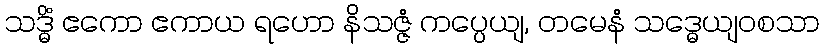
သဒ္ဓိံ ဧကော ဧကာယ ရဟော နိသဇ္ဇံ ကပ္ပေယျ, တမေနံ သဒ္ဓေယျဝစသာ